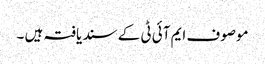
موصوف ایم آئی ٹی کے سند یافتہ ہیں ۔